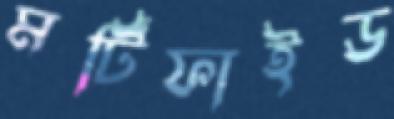
মর্টিফাইড